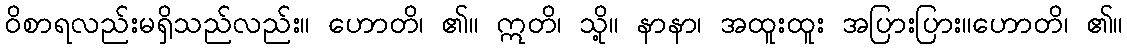
ဝိစာရလည်းမရှိသည်လည်း။ ဟောတိ၊ ၏။ ဣတိ၊ သို့။ နာနာ၊ အထူးထူး အပြားပြား။ဟောတိ၊ ၏။